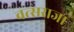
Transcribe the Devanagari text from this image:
वत्सराजा